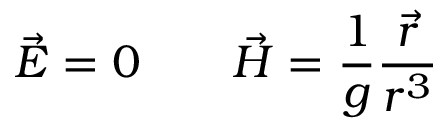
\vec { E } = 0 \qquad \vec { H } = \frac { 1 } { g } \frac { \vec { r } } { r ^ { 3 } }